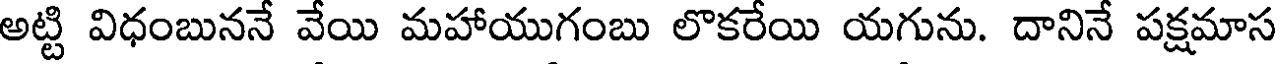
అట్టి విధంబుననే వేయి మహాయుగంబు లొకరేయి యగును. దానినే పక్షమాస